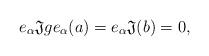
LaTeX: \begin{align*}e_\alpha \mathfrak{J} ge_\alpha(a)=e_\alpha \mathfrak{J}(b)=0,\end{align*}